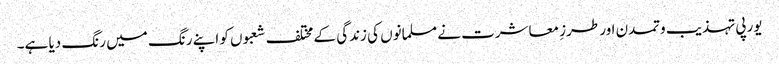
یورپی تہذیب وتمدن اور طرزِ معاشرت نے مسلمانوں کی زندگی کے مختلف شعبوں کو اپنے رنگ میں رنگ دیا ہے۔